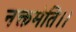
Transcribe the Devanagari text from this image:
नक्तमेति।।